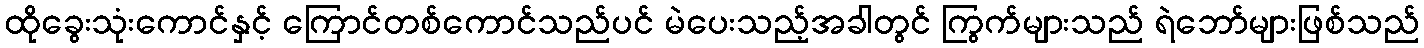
ထိုခွေးသုံးကောင်နှင့် ကြောင်တစ်ကောင်သည်ပင် မဲပေးသည့်အခါတွင် ကြွက်များသည် ရဲဘော်များဖြစ်သည်